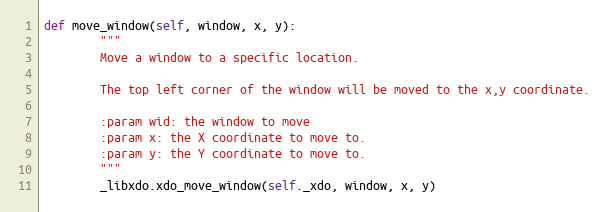
Language: Python
def move_window(self, window, x, y):
        """
        Move a window to a specific location.

        The top left corner of the window will be moved to the x,y coordinate.

        :param wid: the window to move
        :param x: the X coordinate to move to.
        :param y: the Y coordinate to move to.
        """
        _libxdo.xdo_move_window(self._xdo, window, x, y)